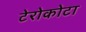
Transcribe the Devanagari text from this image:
टेरोकोटा